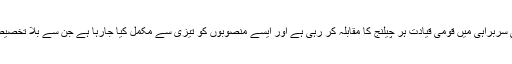
انہوں نے کہا کہ ملکی استحکام اور ترقی کے لئے وزیر اعظم کی سربراہی میں قومی قیادت ہر چیلنج کا مقابلہ کر رہی ہے اور ایسے منصوبوں کو تیزی سے مکمل کیا جارہا ہے جن سے بلا تخصیص تمام علاقوں کے عوام کو زندگی کی بنیادی سہولیات فراہم ہوں۔